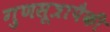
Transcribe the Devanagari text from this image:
गुणसूत्रापैकी